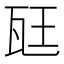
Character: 𪼷